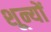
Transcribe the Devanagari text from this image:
शून्यों